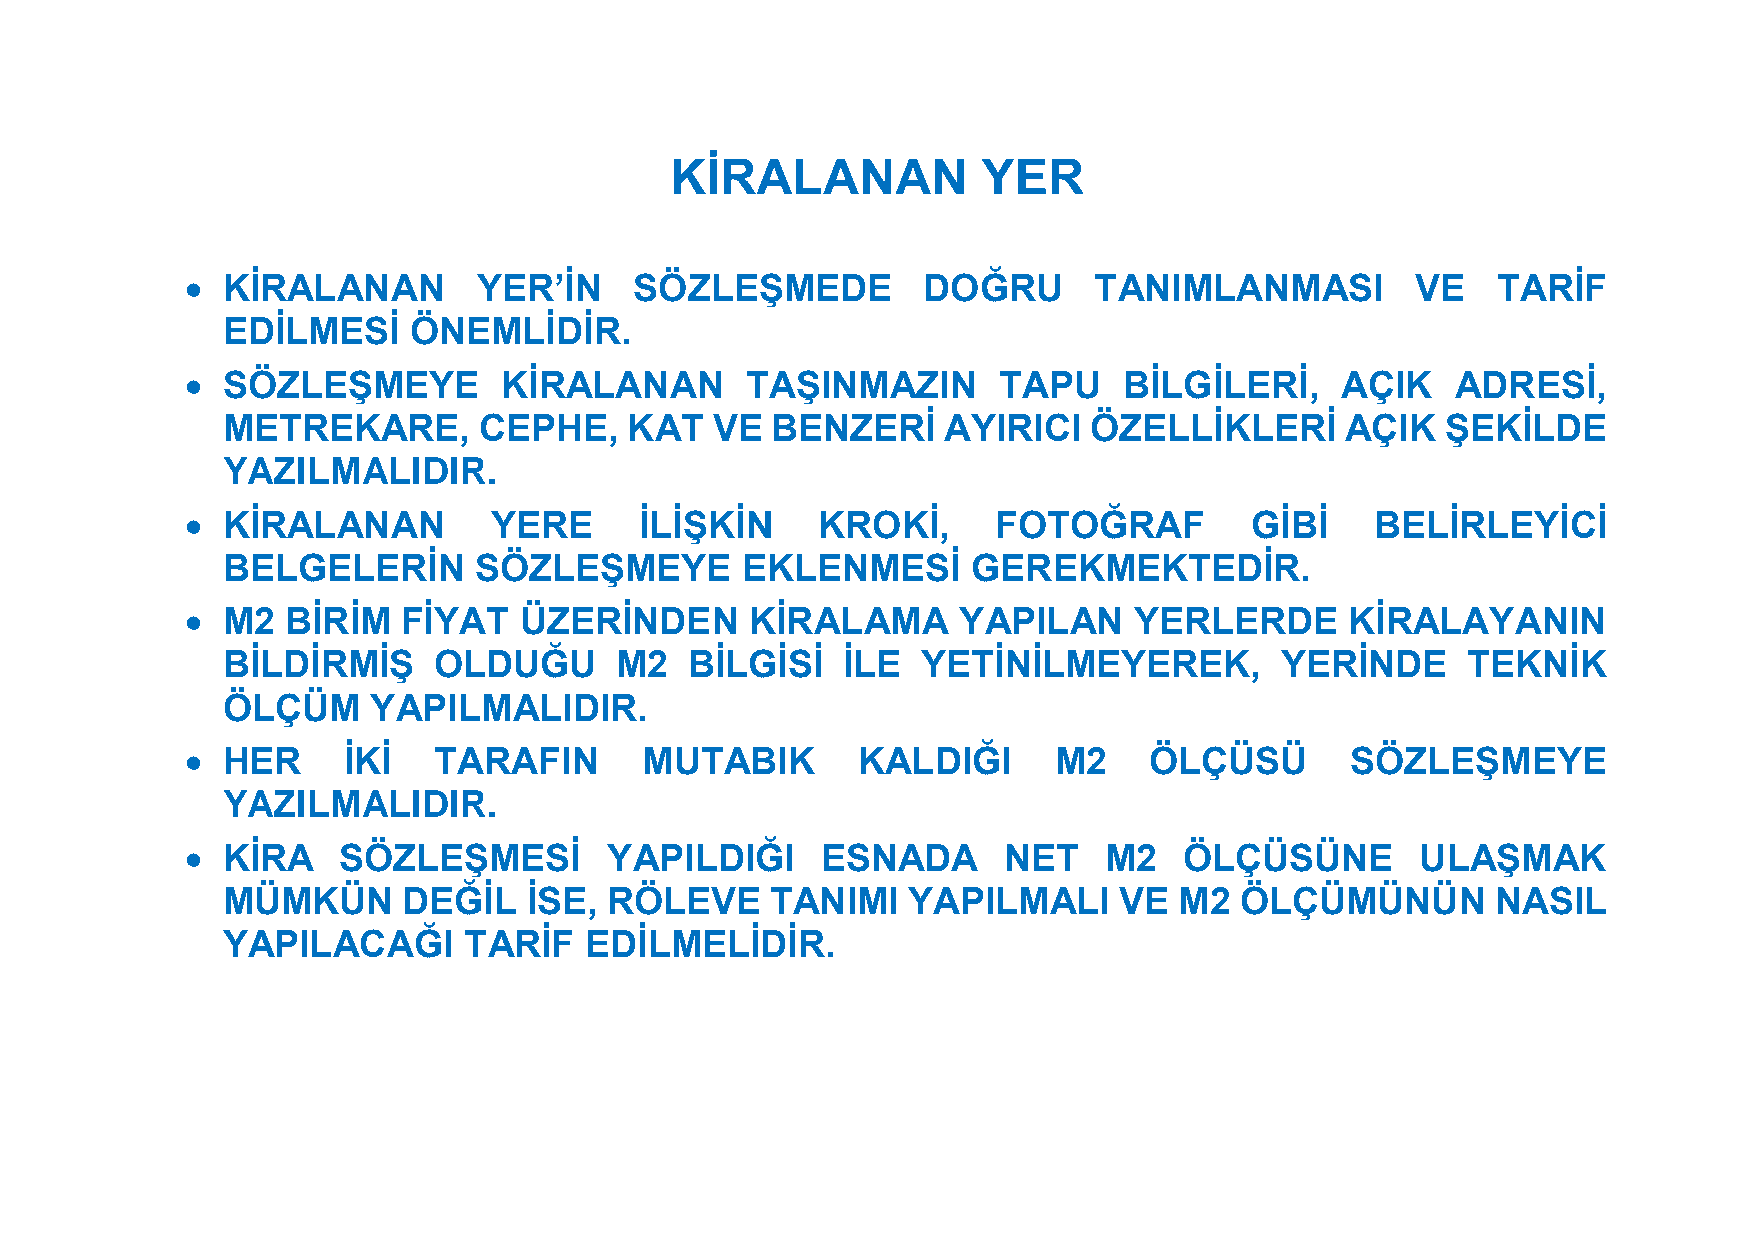
KİRALANAN            YER
   KİRALANAN        YER’İN    SÖZLEŞMEDE         DOĞRU      TANIMLANMASI          VE   TARİF
 EDİLMESİ    ÖNEMLİDİR.
   SÖZLEŞMEYE        KİRALANAN       TAŞINMAZIN       TAPU    BİLGİLERİ,     AÇIK   ADRESİ,
 METREKARE,       CEPHE,    KAT  VE  BENZERİ    AYIRICI   ÖZELLİKLERİ      AÇIK   ŞEKİLDE
 YAZILMALIDIR.
   KİRALANAN         YERE     İLİŞKİN     KROKİ,      FOTOĞRAF         GİBİ    BELİRLEYİCİ
 BELGELERİN      SÖZLEŞMEYE        EKLENMESİ      GEREKMEKTEDİR.
   M2  BİRİM   FİYAT  ÜZERİNDEN       KİRALAMA     YAPILAN     YERLERDE      KİRALAYANIN
 BİLDİRMİŞ     OLDUĞU      M2   BİLGİSİ   İLE  YETİNİLMEYEREK,         YERİNDE     TEKNİK
 ÖLÇÜM     YAPILMALIDIR.
   HER     İKİ   TARAFIN      MUTABIK        KALDIĞI      M2    ÖLÇÜSÜ       SÖZLEŞMEYE
 YAZILMALIDIR.
   KİRA   SÖZLEŞMESİ        YAPILDIĞI     ESNADA      NET    M2   ÖLÇÜSÜNE        ULAŞMAK
 MÜMKÜN      DEĞİL   İSE, RÖLEVE     TANIMI   YAPILMALI     VE  M2  ÖLÇÜMÜNÜN        NASIL
 YAPILACAĞI      TARİF   EDİLMELİDİR.